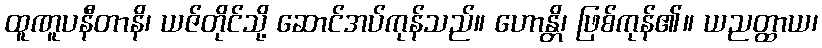
ထူဏူပနီတာနိ၊ ယဇ်တိုင်သို့ ဆောင်အပ်ကုန်သည်။ ဟောန္တိ၊ ဖြစ်ကုန်၏။ ယညတ္ထာယ၊